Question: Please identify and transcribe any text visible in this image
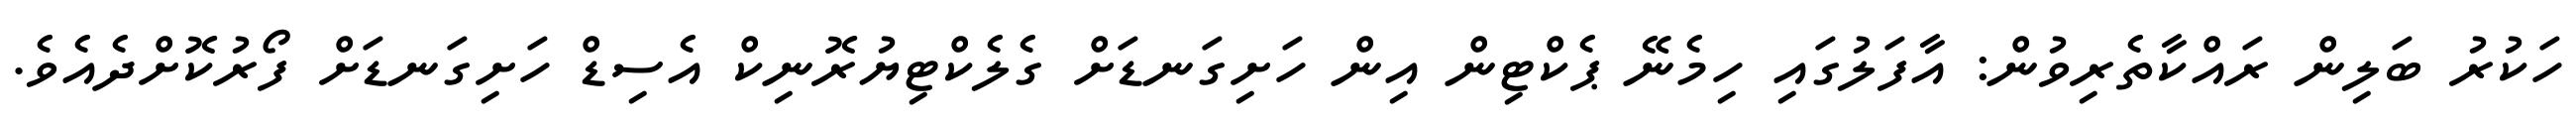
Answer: ހަކުރު ބަލިން ރައްކާތެރިވުން: އާފަލުގައި ހިމެނޭ ޕެކްޓިން އިން ހަށިގަނޑަށް ގެލެކްޓިޔުރޮނިކް އެސިޑް ހަށިގަނޑަށް ފޯރުކޮށްދެއެވެ.